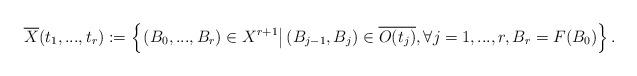
\begin{align*} \overline{X}(t_{1},...,t_{r}):=\left\{\left.(B_0,...,B_r)\in X^{r+1}\right|(B_{j-1},B_j)\in \overline{O(t_{j})}, \forall j=1,...,r, B_r=F(B_0)\right\}. \end{align*}